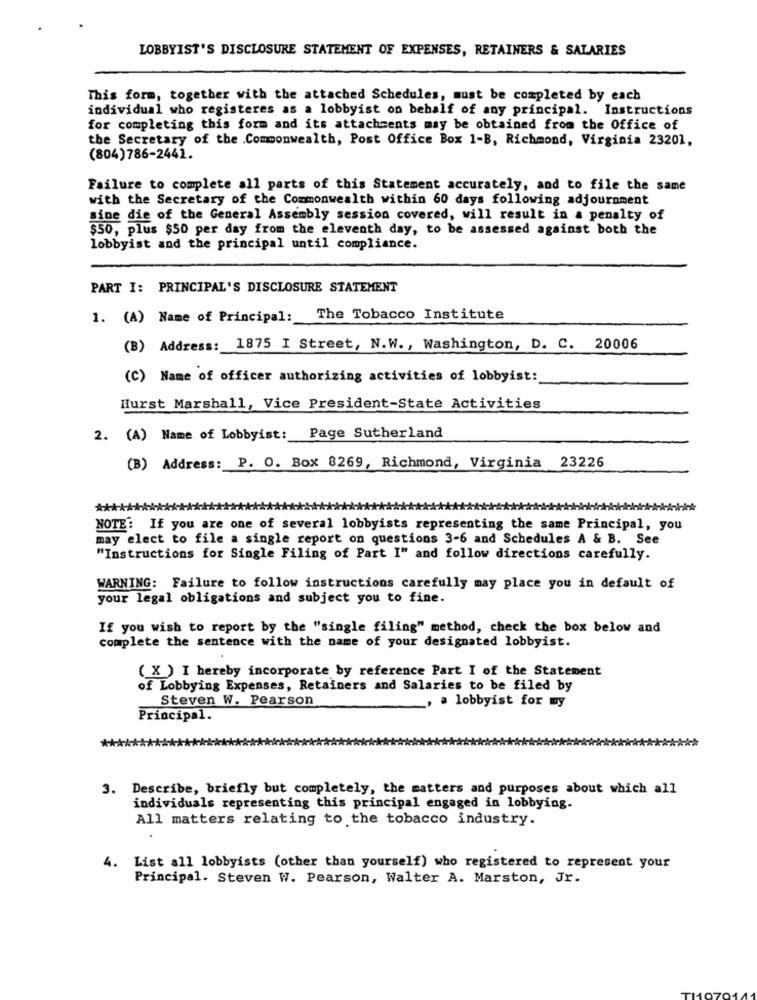
LOBBYIST'S DISCLOSURE STATEMENT OF EXPENSES, RETAINERS & SALARIES
This form, together with the attached Schedules, must be completed by each
individual who registeres as a lobbyist on behalf of any principal. Instructions
for completing this form and its attachments may be obtained from the Office of
the Secretary of the .Commonwealth, Post Office Box 1-B, Richmond, Virginia 23201,
(804)786-2441.
Failure to complete all parts of this Statement accurately, and to file the same
with the Secretary of the Commonwealth within 60 days following adjournment
sine die of the General Assembly session covered, will result in a penalty of
$50, plus $50 per day from the eleventh day, to be assessed against both the
lobbyist and the principal until compliance.
PART I: PRINCIPAL'S DISCLOSURE STATEMENT
1. (A) Name of Principal: The Tobacco Institute
(B) Address: 1875 I Street, N.W ., Washington, D. C. 20006
(C) Name of officer authorizing activities of lobbyist:
Hurst Marshall, Vice President-State Activities
Page Sutherland
2. (A) Name of Lobbyist:
(B) Address: P. O. Box 8269, Richmond, Virginia 23226
NOTE: If you are one of several lobbyists representing the same Principal, you
may elect to file a single report on questions 3-6 and Schedules A & B. See
"Instructions for Single Filing of Part I" and follow directions carefully.
WARNING: Failure to follow instructions carefully may place you in default of
your legal obligations and subject you to fine.
If you wish to report by the "single filing" method, check the box below and
complete the sentence with the name of your designated lobbyist.
( X ) I hereby incorporate by reference Part I of the Statement
of Lobbying Expenses, Retainers and Salaries to be filed by
Steven W. Pearson
_, a lobbyist for my
Principal.
3. Describe, briefly but completely, the matters and purposes about which all
individuals representing this principal engaged in lobbying.
All matters relating to the tobacco industry.
4. List all lobbyists (other than yourself) who registered to represent your
Principal. Steven W. Pearson, Walter A. Marston, Jr.